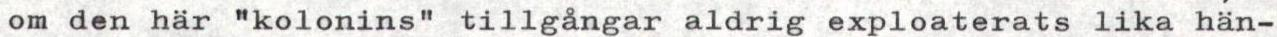
om den här "kolonins" tillgångar aldrig exploaterats lika hän-